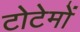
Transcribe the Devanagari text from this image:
टोटेमों